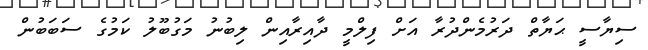
ސިޔާސީ ޙަޔާތް ދަރުމެންދުރާ އަށް ފިލްމީ ދާއިރާއިން ލިބުނު މަގުބޫލު ކަމުގެ ސަބަބުން